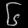
Digit: ၆